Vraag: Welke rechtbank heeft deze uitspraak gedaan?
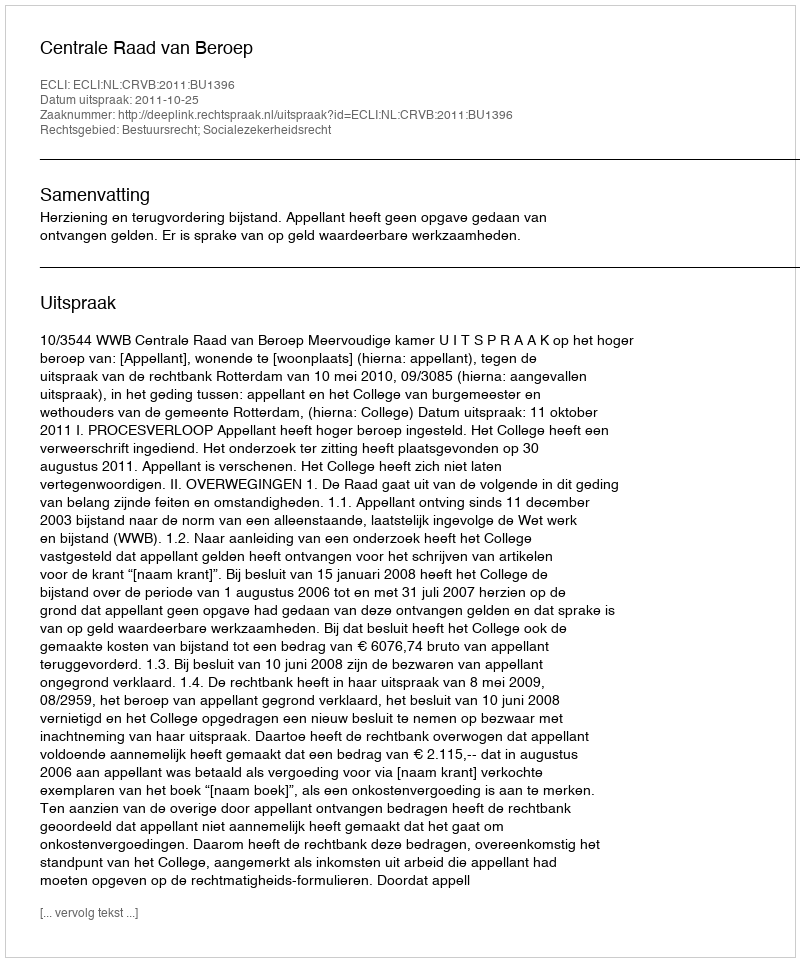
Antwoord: Centrale Raad van Beroep